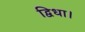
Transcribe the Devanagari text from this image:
द्विधा।